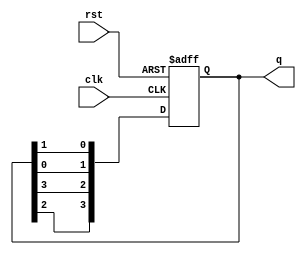
module JohnsonCounter (
    input clk,
    input rst,
    output reg [3:0] q
);

always @(posedge clk or posedge rst) begin
    if (rst) begin
        q <= 4'b0000;
    end else begin
        q <= {q[2], q[3], q[0], q[1]};
    end
end

endmodule